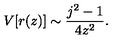
V [ r ( z ) ] \sim \frac { j ^ { 2 } - 1 } { 4 z ^ { 2 } } .